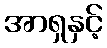
အာရှနှင့်